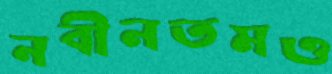
নবীনতমও